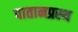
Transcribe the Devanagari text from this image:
पातानप्रस्थ